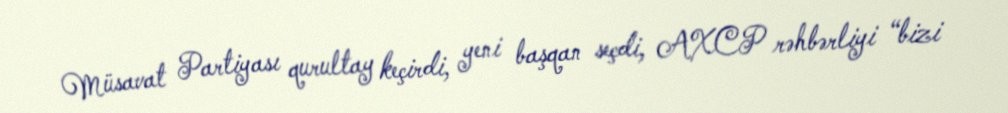
Müsavat Partiyası qurultay keçirdi, yeni başqan seçdi, AXCP rəhbərliyi “bizi